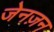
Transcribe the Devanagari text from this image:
जेनज़न